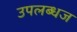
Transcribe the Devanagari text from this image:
उपलब्धज